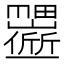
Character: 𬻱